Elephants and their diseases
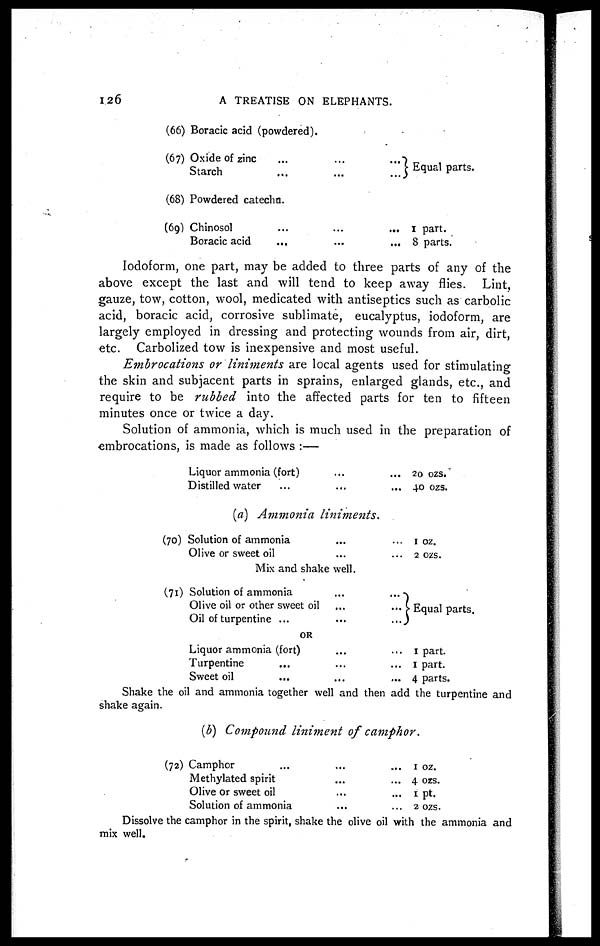
126
A TREATISE ON ELEPHANTS.
(66)
(67)
(68)
(69)
Boracic acid (powdered).
Oxide of zinc.........
Starch.........
Powdered catecho.
Chinosol.........
Boracic acid.........
} Equal parts.
1 part.
8 parts.
Iodoform, one part, may be added to three parts of any of the
above except the last and will tend to keep away flies. Lint,
gauze, tow, cotton, wool, medicated with antiseptics such as carbolic
acid, boracic acid, corrosive sublimate, eucalyptus, iodoform, are
largely employed in dressing and protecting wounds from air, dirt,
etc. Carbolized tow is inexpensive and most useful.
Embrocations or liniments are local agents used for stimulating
the skin and subjacent parts in sprains, enlarged glands, etc., and
require to be rubbed into the affected parts for ten to fifteen
minutes once or twice a day.
Solution of ammonia, which is much used in the preparation of
embrocations, is made as follows :—
Liquor ammonia (fort)
Distilled water
... 20 ozs.
... 40 ozs.
(a) Ammonia
liniments.
(70)
(71)
Solution of ammonia......
Olive or sweet
oil......
1 oz.
2 ozs.
Mix and shake well.
Solution of ammonia......
Olive oil or other sweet oil......
Oil of turpentine
.........
} Equal parts.
OR
Liquor ammonia (fort)......
Turpentine......
Sweet
oil......
1 part.
1 part.
4 parts.
Shake the oil and ammonia together well and then add the turpentine and
shake again.
(b) Compound liniment of camphor.
(72) Camphor......
Methylated spirit......
Olive or sweet
oil......
Solution of ammonia......
1 oz.
4 ozs.
1 pt.
2 ozs.
Dissolve the camphor in the spirit, shake the olive oil with the ammonia and
mix well.